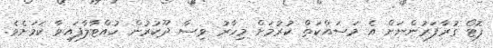
ފޮޓޯ ގުރާފަރުންނަށް އެ މަސައްކަތް ކުރުމަށް މިހާރު ވިސާ ދޫކުރުން ހުއްޓާލާފައިވާ ކަމަށެވެ.